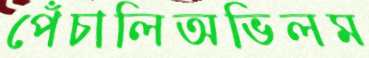
পেঁচালিঅভিলম